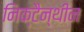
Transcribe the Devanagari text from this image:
निक्टैन्थीन